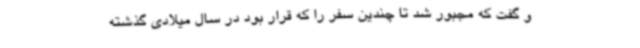
و گفت که مجبور شد تا چندین سفر را که قرار بود در سال میلادی گذشته